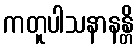
ကတူပါသနာနန္တိ